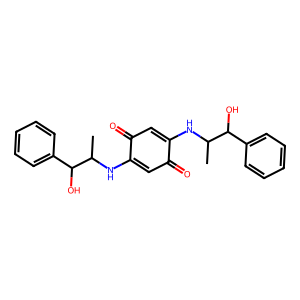
SMILES: CC(NC1=CC(=O)C(NC(C)C(O)c2ccccc2)=CC1=O)C(O)c1ccccc1
Inhibits HIV replication: No